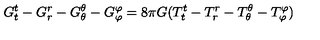
G _ { t } ^ { t } - G _ { r } ^ { r } - G _ { \theta } ^ { \theta } - G _ { \varphi } ^ { \varphi } = 8 \pi G ( T _ { t } ^ { t } - T _ { r } ^ { r } - T _ { \theta } ^ { \theta } - T _ { \varphi } ^ { \varphi } )